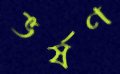
ভর্ষণ